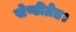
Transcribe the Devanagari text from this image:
सेण्टीग्रेड।